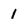
Character: 1